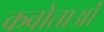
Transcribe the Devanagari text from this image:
कवोताओं